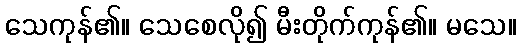
သေကုန်၏။ သေစေလို၍ မီးတိုက်ကုန်၏။ မသေ။